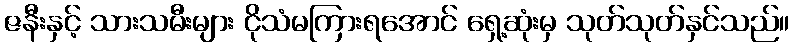
ဇနီးနှင့် သားသမီးများ ငိုသံမကြားရအောင် ရှေ့ဆုံးမှ သုတ်သုတ်နှင်သည်။